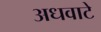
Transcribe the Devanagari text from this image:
अधवाटे